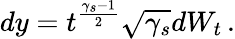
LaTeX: dy=t^{\frac{\gamma_{s}-1}{2}}\sqrt{\gamma_{s}}dW_{t}\, .